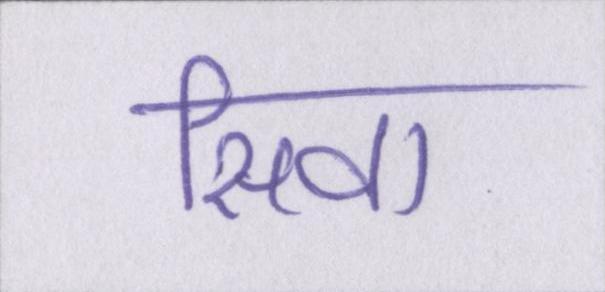
सिवा